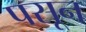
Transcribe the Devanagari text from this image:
पसून